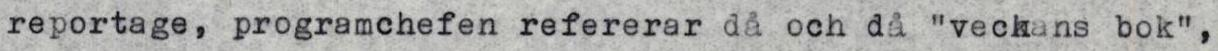
reportage, programchefen refererar då och då "veckans bok",